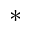
\ast